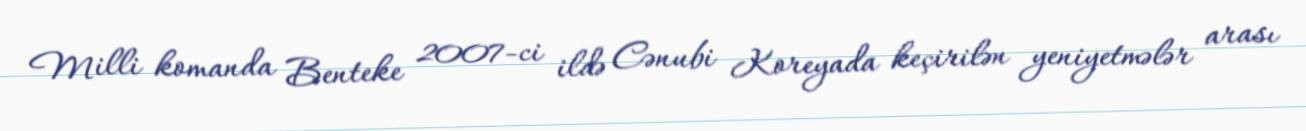
Milli komanda Benteke 2007-ci ildə Cənubi Koreyada keçirilən yeniyetmələr arası